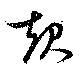
起